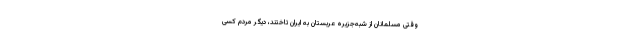
وقتی مسلمانان از شبه‌جزیره عربستان به ایران تاختند، دیگر مردم کسی